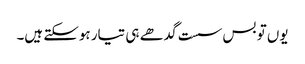
یوں تو بس سست گدھے ہی تیار ہوسکتے ہیں۔